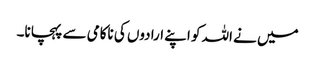
میں نے اللہ کو اپنے ارادوں کی ناکامی سے پہچانا۔